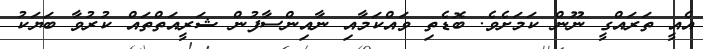
އެއީ ތަރައްގީ ނޫން ކަމަށެވެ. ބޮޑެތި ވައްކަމާއި ނާއިންސާފުން ޝަރީއަތްތައް ކުރުވާ ބަޔަކު